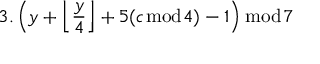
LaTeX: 3 . \left( y + { \Big \lfloor } { \frac { y } { 4 } } { \Big \rfloor } + 5 ( c { \bmod { 4 } } ) - 1 \right) { \bmod { 7 } }